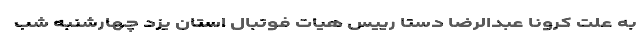
به علت کرونا عبدالرضا دستا رییس هیات فوتبال استان یزد چهارشنبه‌ شب